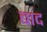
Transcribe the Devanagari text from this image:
बाद